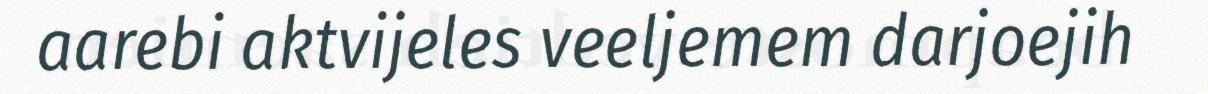
aarebi aktvijeles veeljemem darjoejih